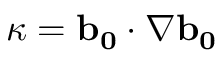
\boldsymbol { \kappa } = \mathbf { b _ { 0 } } \cdot \nabla \mathbf { b _ { 0 } }